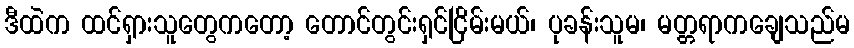
ဒီထဲက ထင်ရှားသူတွေကတော့ တောင်တွင်းရှင်ငြိမ်းမယ်၊ ပုခန်းသူမ၊ မတ္တရာကချေသည်မ